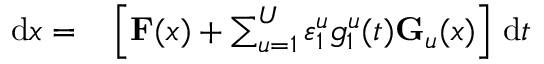
\begin{array} { r l } { \, \mathrm { d } \boldsymbol { x } = } & { { } \left[ \mathbf { F } ( \boldsymbol { x } ) + \sum _ { u = 1 } ^ { U } \varepsilon _ { 1 } ^ { u } g _ { 1 } ^ { u } ( t ) \mathbf { G } _ { u } ( \boldsymbol { x } ) \right] \, \mathrm { d } t } \end{array}